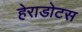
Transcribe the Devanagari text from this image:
हेराडोटस